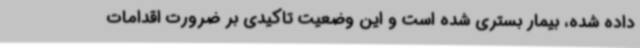
داده شده، بیمار بستری شده است و این وضعیت تاکیدی بر ضرورت اقدامات